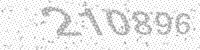
Solution: 210896